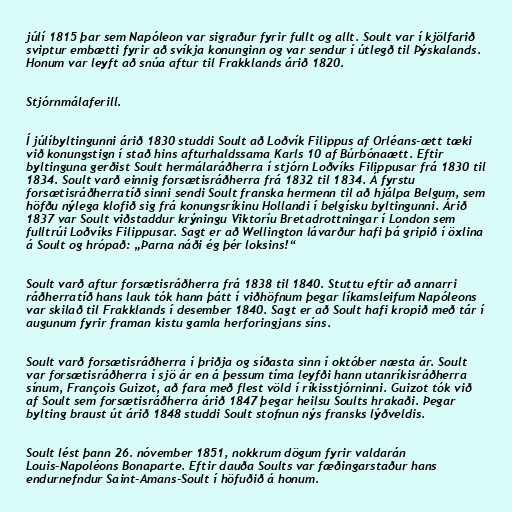
júlí 1815 þar sem Napóleon var sigraður fyrir fullt og allt. Soult var í kjölfarið
sviptur embætti fyrir að svíkja konunginn og var sendur í útlegð til Þýskalands.
Honum var leyft að snúa aftur til Frakklands árið 1820.

Stjórnmálaferill.

Í júlíbyltingunni árið 1830 studdi Soult að Loðvík Filippus af Orléans-ætt tæki
við konungstign í stað hins afturhaldssama Karls 10 af Búrbónaætt. Eftir
byltinguna gerðist Soult hermálaráðherra í stjórn Loðvíks Filippusar frá 1830 til
1834. Soult varð einnig forsætisráðherra frá 1832 til 1834. Á fyrstu
forsætisráðherratíð sinni sendi Soult franska hermenn til að hjálpa Belgum, sem
höfðu nýlega klofið sig frá konungsríkinu Hollandi í belgísku byltingunni. Árið
1837 var Soult viðstaddur krýningu Viktoríu Bretadrottningar í London sem
fulltrúi Loðvíks Filippusar. Sagt er að Wellington lávarður hafi þá gripið í öxlina
á Soult og hrópað: „Þarna náði ég þér loksins!“

Soult varð aftur forsætisráðherra frá 1838 til 1840. Stuttu eftir að annarri
ráðherratíð hans lauk tók hann þátt í viðhöfnum þegar líkamsleifum Napóleons
var skilað til Frakklands í desember 1840. Sagt er að Soult hafi kropið með tár í
augunum fyrir framan kistu gamla herforingjans síns.

Soult varð forsætisráðherra í þriðja og síðasta sinn í október næsta ár. Soult
var forsætisráðherra í sjö ár en á þessum tíma leyfði hann utanríkisráðherra
sínum, François Guizot, að fara með flest völd í ríkisstjórninni. Guizot tók við
af Soult sem forsætisráðherra árið 1847 þegar heilsu Soults hrakaði. Þegar
bylting braust út árið 1848 studdi Soult stofnun nýs fransks lýðveldis.

Soult lést þann 26. nóvember 1851, nokkrum dögum fyrir valdarán
Louis-Napoléons Bonaparte. Eftir dauða Soults var fæðingarstaður hans
endurnefndur Saint-Amans-Soult í höfuðið á honum.